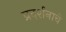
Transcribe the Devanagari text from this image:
प्रदर्शनाचे